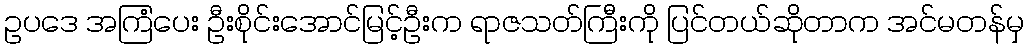
ဥပဒေ အကြံပေး ဦးစိုင်းအောင်မြင့်ဦးက ရာဇသတ်ကြီးကို ပြင်တယ်ဆိုတာက အင်မတန်မှ